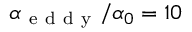
\alpha _ { \mathrm { ~ e ~ d ~ d ~ y ~ } } / \alpha _ { 0 } = 1 0